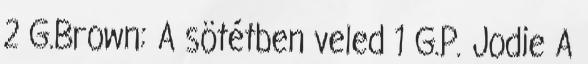
2 G.Brown: A sötétben veled 1 G.P. Jodie A